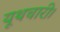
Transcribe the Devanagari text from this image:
यूथचारी।